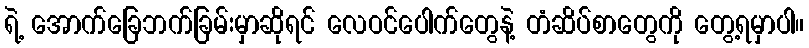
ရဲ့ အောက်ခြေဘက်ခြမ်းမှာဆိုရင် လေဝင်ပေါက်တွေနဲ့ တံဆိပ်စာတွေကို တွေ့ရမှာပါ။